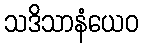
သဒိသာနံယေဝ